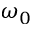
\omega _ { 0 }